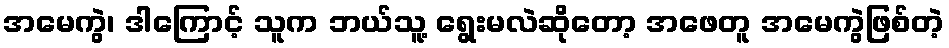
အမေကွဲ၊ ဒါကြောင့် သူက ဘယ်သူ့ ရွေးမလဲဆိုတော့ အဖေတူ အမေကွဲဖြစ်တဲ့